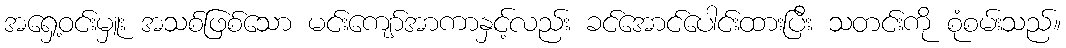
အရှေ့ဝင်းမှူး အသစ်ဖြစ်သော မင်းကျော်အာကာနှင့်လည်း ခင်အောင်ပေါင်းထားပြီး သတင်းကို စုံစမ်းသည်။